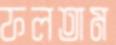
ফলতাম